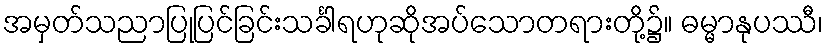
အမှတ်သညာပြုပြင်ခြင်းသင်္ခါရဟုဆိုအပ်သောတရားတို့၌။ ဓမ္မာနုပဿီ၊